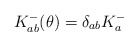
\begin{align*}K^{-}_{ab}(\theta) = \delta_{ab} K^{-}_{a}\end{align*}